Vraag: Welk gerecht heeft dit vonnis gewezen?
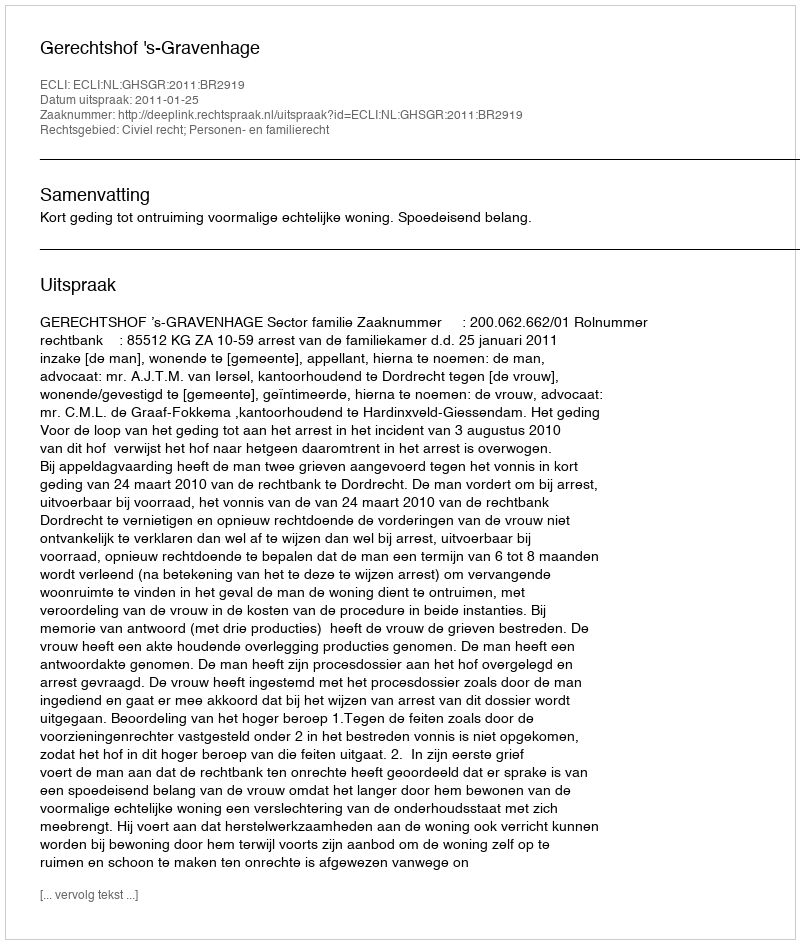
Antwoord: Gerechtshof 's-Gravenhage